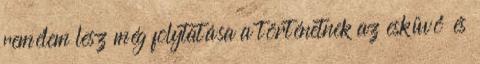
remélem lesz még folytatása a történetnek az esküvő és